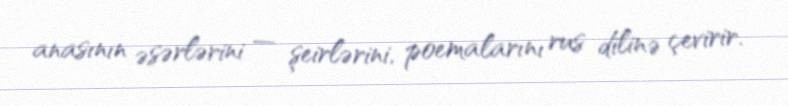
anasının əsərlərini — şeirlərini, poemalarını rus dilinə çevirir.